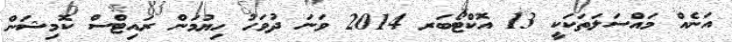
އަނެއް މައްސަލަތަކަކީ 13 އޮކްޓޯބަރ 2014 ވަނަ ދުވަހު ހިޔުމަން ރައިޓްސް ކޮމިޝަން